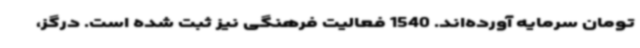
تومان سرمایه آورده‌اند. 1540 فعالیت فرهنگی نیز ثبت شده است. درگز،